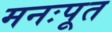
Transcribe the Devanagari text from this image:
मनःपूत